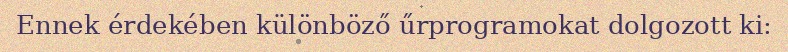
Ennek érdekében különböző űrprogramokat dolgozott ki: